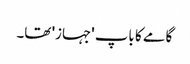
گامے کا باپ 'جہاز' تھا۔